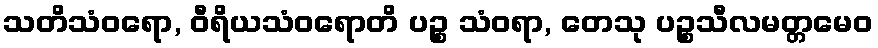
သတိသံဝရော, ဝီရိယသံဝရောတိ ပဉ္စ သံဝရာ, တေသု ပဉ္စသီလမတ္တမေဝ